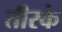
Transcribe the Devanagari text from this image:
तीरके